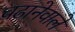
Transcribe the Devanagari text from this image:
चढानेवाले